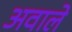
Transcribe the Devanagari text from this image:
अवाले